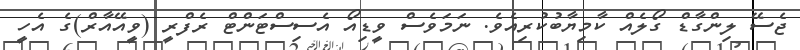
ޖެސޭ ލިންގާޑް ގޯލެއް ކާމިޔާބުކުރިއެވެ. ނަމަވެސް ވީޑިއޯ އެސިސްޓަންޓް ރެފްރީ (ވީއޭއާރް)ގެ އެހީ